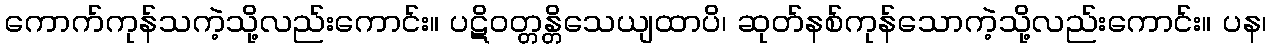
ကောက်ကုန်သကဲ့သို့လည်းကောင်း။ ပဋိဝတ္တန္တိသေယျထာပိ၊ ဆုတ်နစ်ကုန်သောကဲ့သို့လည်းကောင်း။ ပန၊